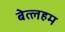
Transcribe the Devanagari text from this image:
बेत्लहम